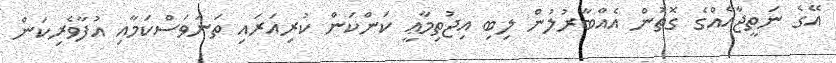
އޭގެ ނަތީޖާއެއްގެ ގޮތުން އެއްބާރުލުން ލިބި އިޖުތިމާޢީ ކަންކަން ކުރިއަރައި ތަނަވަސްކަމާއި އުފާވެރިކަން